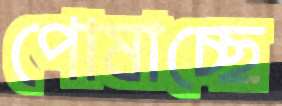
পোষাচ্ছে